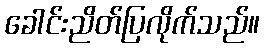
ခေါင်းညိတ်ပြလိုက်သည်။